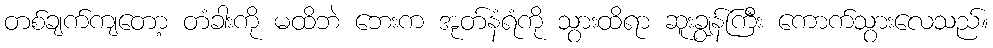
တစ်ချက်ကျတော့ တံခါးကို မထိဘဲ ဘေးက အုတ်နံရံကို သွားထိရာ ဆူးချွန်ကြီး ကောက်သွားလေသည်။